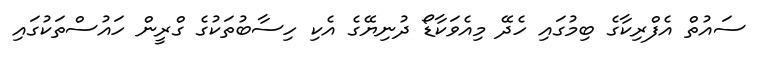
ސައުތް އެފްރިކާގެ ބިމުގައި ހެދޭ މިއެވަކާޑޯ ދުނިޔޭގެ އެކި ހިސާބުތަކުގެ ގްރީން ހައުސްތަކުގައި